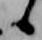
候